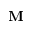
\mathbf { M }